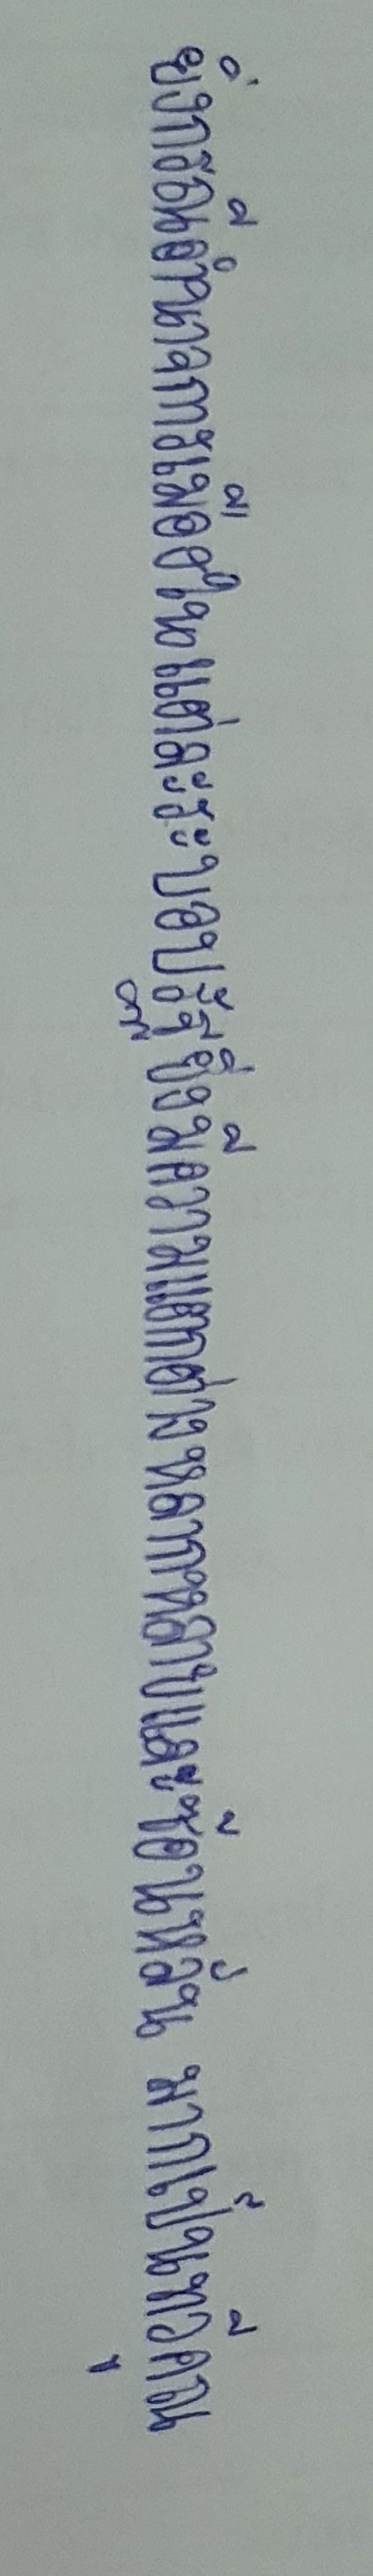
ยิ่งกรณีอำนาจการเมืองในแต่ละระบอบรัฐยิ่งมีความแตกต่างหลากหลายและซ้อนหลั่นมากเป็นทวีคูณ